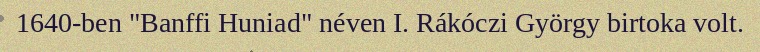
1640-ben "Banffi Huniad" néven I. Rákóczi György birtoka volt.